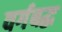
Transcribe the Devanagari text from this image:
वर्गबद्ध